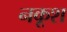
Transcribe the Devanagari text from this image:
नकूश